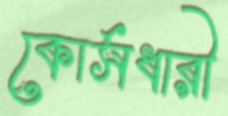
কোর্সধারী